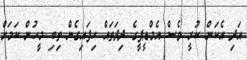
އަދި އެކަން ކުރީ ވެސް އެމްޑީޕީގެ ދިދަތައް ހިފައިގެން ތިބި މީހުން ކަމަށް